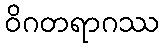
ဝိဂတရာဂဿ